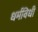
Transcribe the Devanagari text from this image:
धर्मविधी